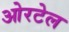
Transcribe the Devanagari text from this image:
ओरटेल